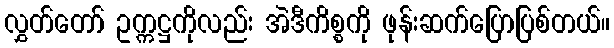
လွှတ်တော် ဥက္ကဋ္ဌကိုလည်း အဲဒီကိစ္စကို ဖုန်းဆက်ပြောပြစ်တယ်။